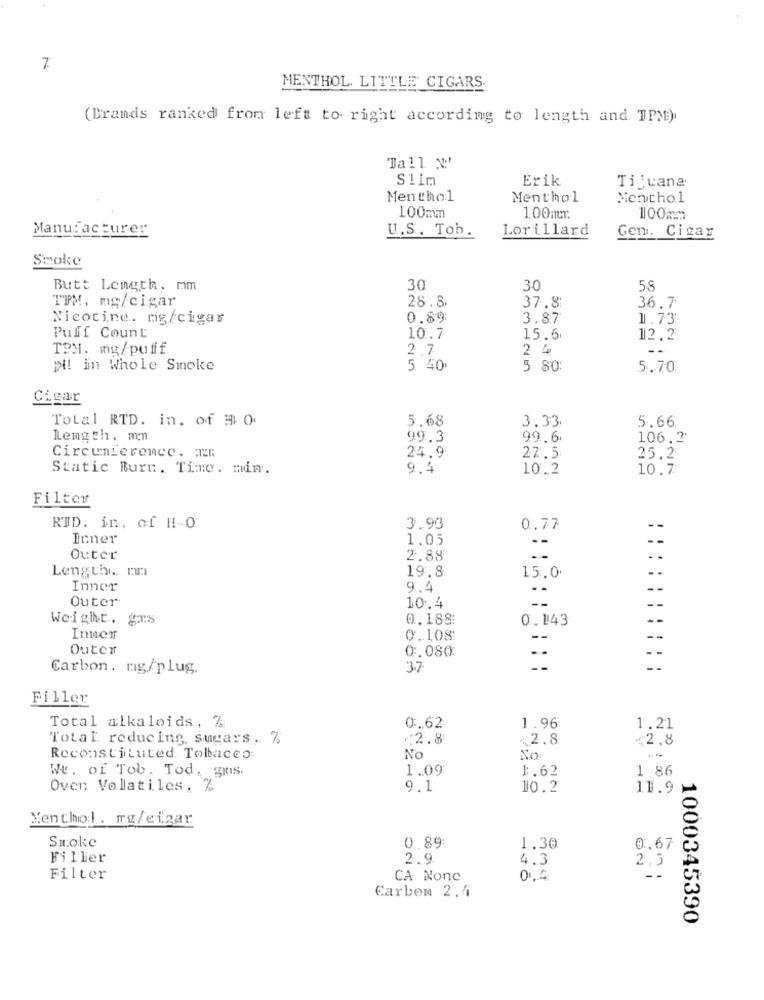
7
MENTHOL. LITTLE CIGARS.
(Brands ranked from left to right according to length and TPM)
Tall N'
Slim
Erik
Tijvana
Menthol
Menthol
Menthol
100mm
1.00mLT.
1100mm
Manufacturer
U.S. Tob.
Lorillard
Gen. Cigar
Smoke
Butt Length, mm
30
30
58
TPM. mg/cigar
28.8.
37.8
36.7
Nicotine. mg/cigar
0.89:
3.87
1.73
Pufff Count
10.7
15.6
12.2
TPM. mg/pufff
2.7
2 4
pil in Whole Smoke
5 40
5 80:
5.70
Cigar
Total RTD. in. of # O.
5.68
3.33
5.66
Length. mmm
99.3
99.6
106.2
Circumference. En
24.9
27.5.
25.2
Static Burn. Time. min.
9.4
10.2
10.7
Filter
RTD. in, of HI-0.
3.93
0.77
-
Inner
1.05
--
Outer
2.88
. .
Length .. tu
19 8
15.0.
--
Inner
9.4
--
Outer
--
10.4
--
Weight. grs
0.188:
0.143
--
Inmer
0.108
--
--
Outer
@.080
--
--
Carbon. ng/plug.
37
Filler
Total alkaloids, %
0 :. 62
1.96
1.21
Total reducing, sugars, %
.2.8
<2.8
$2.8
Reconstituted. Tobacco:
No
Xo
WE. of Tob. Tod, grus.
1.09
1.62
1.86
Oven Volatiles, %
9.1
10.2
11.9
Menthol. mg/eigar
Smoke
0.89
1.30
0,67
Filler
2.9
4.3
2,5
Filter
CA None
0.4
Carbon 2.4
1000345390